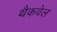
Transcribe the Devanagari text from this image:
थैकवेल